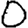
Digit: 0